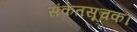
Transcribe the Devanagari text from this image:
संकेतसूचक।